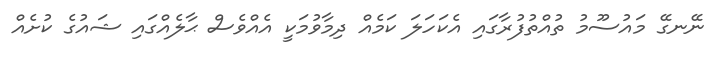
ނޭނގޭ މައުސޫމު ތުއްތުފުރާގައި އެކަހަލަ ކަމެއް ދިމާވުމަކީ އެއްވެސް ޙާލެއްގައި ޝައުގެ ކުށެއް